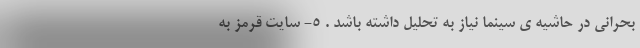
بحرانی در حاشیه ی سینما نیاز به تحلیل داشته باشد . ۵- سایت قرمز به